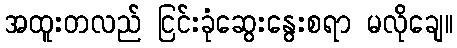
အထူးတလည် ငြင်းခုံဆွေးနွေးစရာ မလိုချေ။